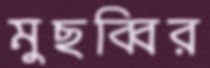
মুছব্বির